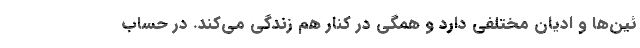
ئین‌ها و ادیان مختلفی دارد و همگی در کنار هم زندگی می‌کند. در حساب